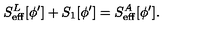
S _ { \mathrm { e f f } } ^ { L } [ \phi ^ { \prime } ] + S _ { 1 } [ \phi ^ { \prime } ] = S _ { \mathrm { e f f } } ^ { A } [ \phi ^ { \prime } ] .